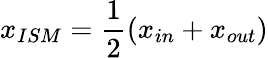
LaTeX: x_{ISM}=\frac{1}{2}(x_{in}+x_{out})